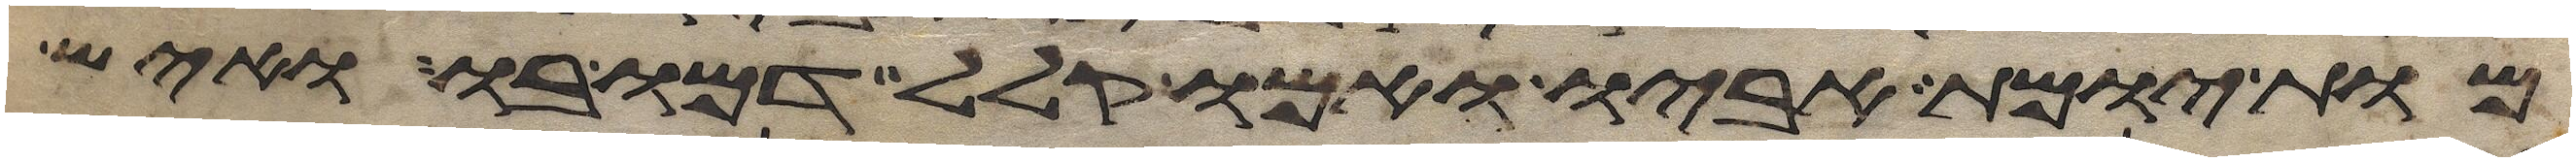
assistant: מות יומת אביו ואמו קלל דמו בו ואיש